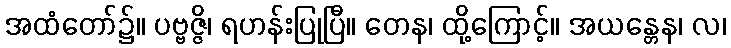
အထံတော်၌။ ပဗ္ဗဇ္ဇိ၊ ရဟန်းပြုပြီ။ တေန၊ ထို့ကြောင့်။ အယန္တေန၊ လ၊